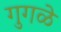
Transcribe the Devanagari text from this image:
गुगळे